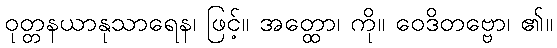
ဝုတ္တနယာနုသာရေန၊ ဖြင့်။ အတ္ထော၊ ကို။ ဝေဒိတဗ္ဗော၊ ၏။